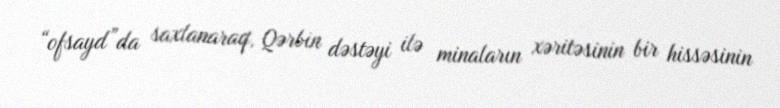
“ofsayd”da saxlanaraq, Qərbin dəstəyi ilə minaların xəritəsinin bir hissəsinin